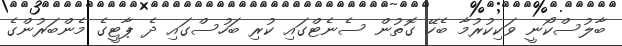
ބާލުސްކޯނީ ވަކިކުރުމާ ބެހޭ ގޮތުން ސެނެޓްގައި ކުރި ބަހުސްގައި ދެ ޕާޓީގެ މެންބަރުންގެ